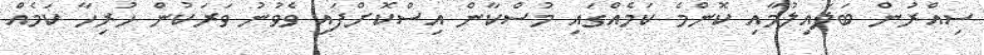
ސިއްރުން ބަލައިލުމާއި ކޮންމެ ކަމެއްގައި މުސްކާން އިސްކޮށްފައި ވެވުނު ވަރަކުން ހުރިހާ ކަމެއް